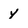
Character: y